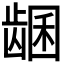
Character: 𬺊